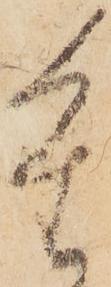
重